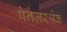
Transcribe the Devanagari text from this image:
पेनज़रश्रेक